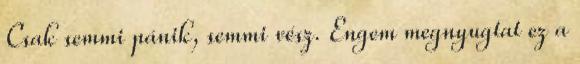
Csak semmi pánik, semmi vész. Engem megnyugtat ez a